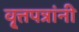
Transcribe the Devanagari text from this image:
वृ्त्तपत्रांनी